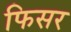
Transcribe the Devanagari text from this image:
फिसर